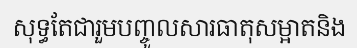
សុទ្ធតែជារួមបញ្ចូលសារធាតុសម្អាតនិង